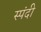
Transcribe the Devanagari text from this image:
स्पंदी